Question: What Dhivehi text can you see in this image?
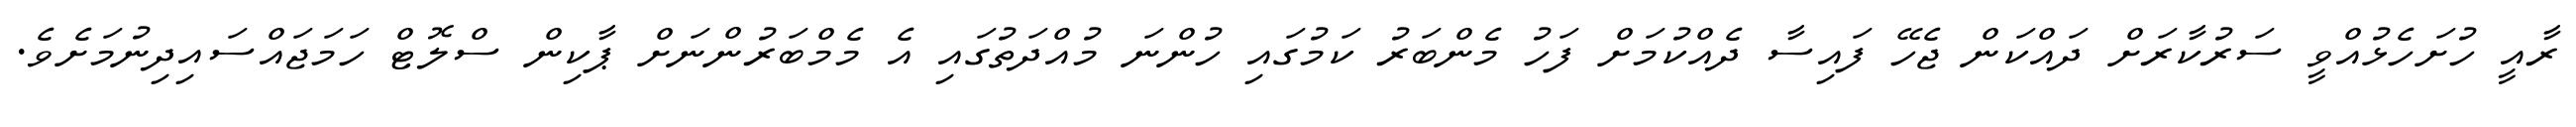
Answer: ރާއީ ހުށަހެޅުއްވީ ސަރުކާރަށް ދައްކަން ޖެހޭ ފައިސާ ދެއްކުމަށް ފަހު މެންބަރު ކަމުގައި ހުންނަ މުއްދަތުގައި އެ މެމްބަރުންނަށް ޕާކިން ސްލޮޓް ހަމަޖައްސައިދިނުމަށެވެ.